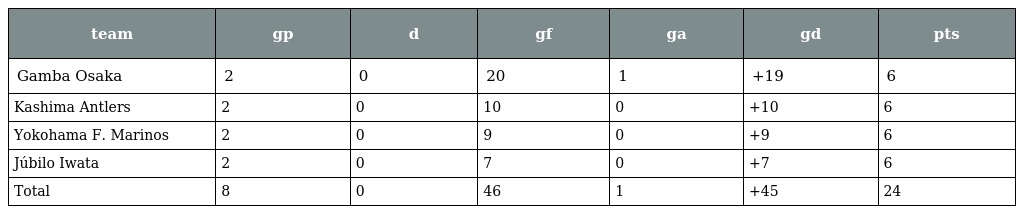
| team | gp | d | gf | ga | gd | pts |
 | --- | --- | --- | --- | --- | --- | --- |
 | Gamba Osaka | 2 | 0 | 20 | 1 | +19 | 6 |
 | Kashima Antlers | 2 | 0 | 10 | 0 | +10 | 6 |
 | Yokohama F. Marinos | 2 | 0 | 9 | 0 | +9 | 6 |
 | Júbilo Iwata | 2 | 0 | 7 | 0 | +7 | 6 |
 | Total | 8 | 0 | 46 | 1 | +45 | 24 |